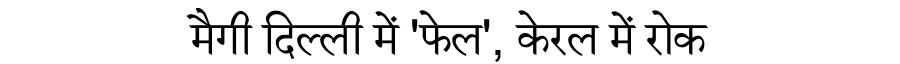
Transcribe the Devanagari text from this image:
मैगी दिल्ली में 'फेल', केरल में रोक